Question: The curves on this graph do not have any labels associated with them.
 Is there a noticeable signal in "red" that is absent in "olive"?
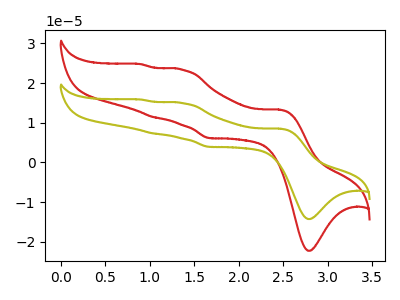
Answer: <think>The red curve "red" has anodic peaks at (2.50V, 13.30uA) (1.35V, 23.35uA) (1.05V, 11.40uA) (0.90V, 24.75uA) and cathodic peaks at (2.80V, -22.25uA) (1.65V, 6.15uA). The olive curve "olive" has anodic peaks at (2.50V, 8.50uA) (1.35V, 14.95uA) (1.05V, 7.30uA) (0.90V, 15.85uA) and cathodic peaks at (2.80V, -14.25uA) (1.65V, 3.95uA).
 All the peaks in "red" have a peak in "olive" at the same potential.</think>
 <answer>No, "red" and "olive" don't appear to be significantly different in shape</answer>
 <eval>no_change</eval>